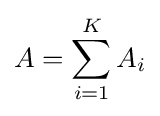
A=\sum _{i=1}^{K}A_{i}